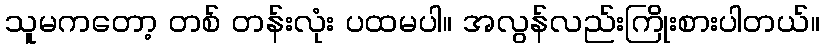
သူမကတော့ တစ် တန်းလုံး ပထမပါ။ အလွန်လည်းကြိုးစားပါတယ်။